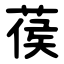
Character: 葔